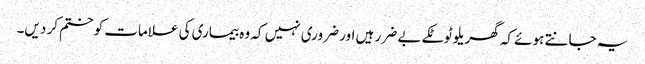
یہ جانتے ہوئے کہ گھریلو ٹوٹکے بے ضرر ہیں اور ضروری نہیں کہ وہ بیماری کی علامات کو ختم کر دیں۔